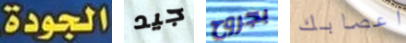
الجودة جيد بجروح اعصابك